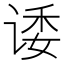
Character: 诿